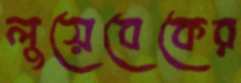
লুয়েবেকের